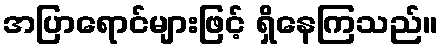
အပြာရောင်များဖြင့် ရှိနေကြသည်။